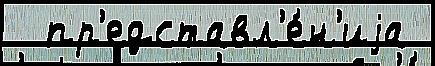
  пр'едставл'е́н'иjа